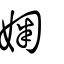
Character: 婅